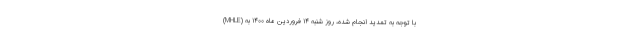
(MHLE) با توجه به تمدید انجام شده، روز شنبه ۱۴ فروردین ماه ۱۴۰۰ به